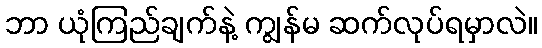
ဘာ ယုံကြည်ချက်နဲ့ ကျွန်မ ဆက်လုပ်ရမှာလဲ။